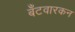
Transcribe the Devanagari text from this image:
बँटवारकन